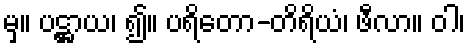
မှ။ ပဋ္ဌာယ၊ ၍။ ပရိတော-တိရိယံ၊ ဖီလာ။ ဝါ၊